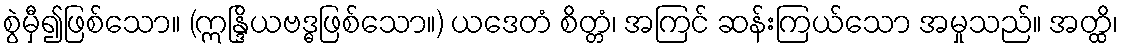
စွဲမှီ၍ဖြစ်သော။ (ဣန္ဒြိယဗဒ္ဓဖြစ်သော။) ယဒေတံ စိတ္တံ၊ အကြင် ဆန်းကြယ်သော အမှုသည်။ အတ္ထိ၊